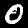
Digit: 0